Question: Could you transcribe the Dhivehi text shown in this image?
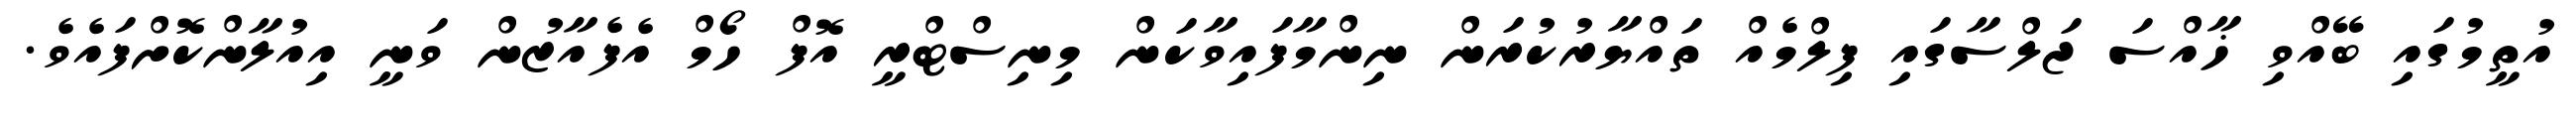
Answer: އުތީމުގައި ބޭއްވި ޚާއްސަ ޖަލްސާގައި ފިލްމެއް ތައްޔާރުކުރަން ނިންމާފައިވާކަން މިނިސްޓްރީ އޮފް ހޯމް އެފެއާޒުން ވަނީ އިއުލާންކޮށްފައެވެ.